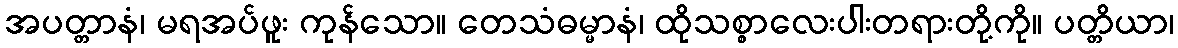
အပတ္တာနံ၊ မရအပ်ဖူး ကုန်သော။ တေသံဓမ္မာနံ၊ ထိုသစ္စာလေးပါးတရားတို့ကို။ ပတ္တိယာ၊